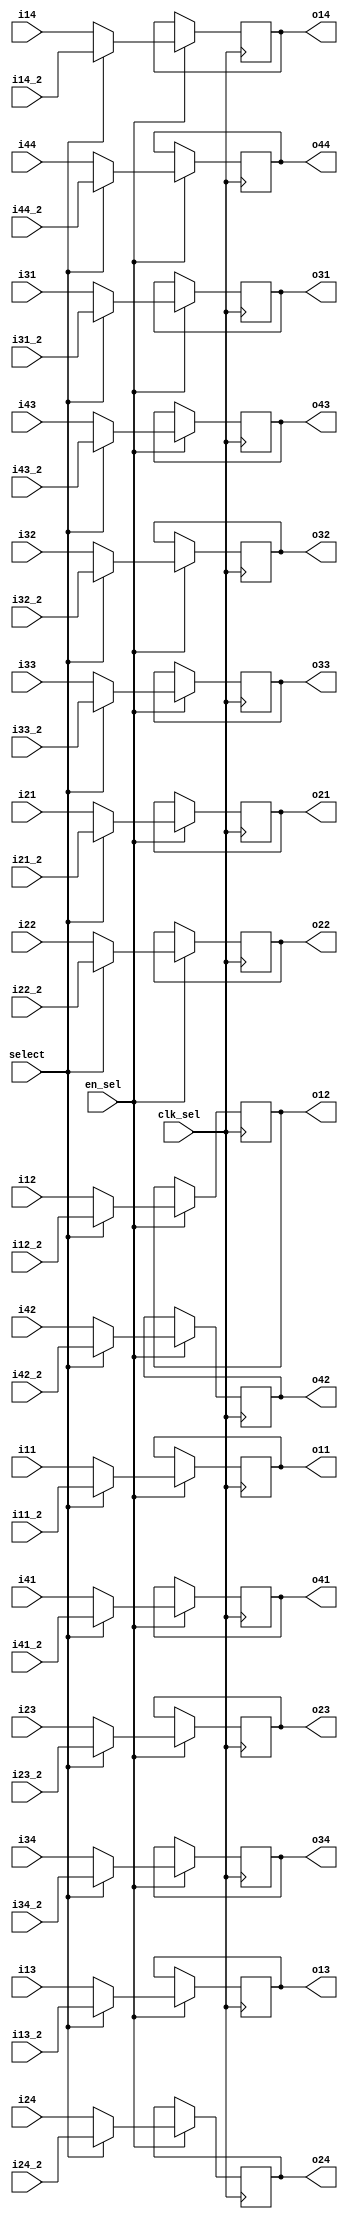
module SYMM_SELECT(
    input clk_sel,
    input en_sel,
    
    input select,
    
    input signed [25:0] i11, i12, i13, i14,
    input signed [25:0] i21, i22, i23, i24,
    input signed [25:0] i31, i32, i33, i34,
    input signed [25:0] i41, i42, i43, i44,
    
    input signed [25:0] i11_2, i12_2, i13_2, i14_2,
    input signed [25:0] i21_2, i22_2, i23_2, i24_2,
    input signed [25:0] i31_2, i32_2, i33_2, i34_2,
    input signed [25:0] i41_2, i42_2, i43_2, i44_2,

    output reg signed [25:0] o11, o12, o13, o14,
    output reg signed [25:0] o21, o22, o23, o24,
    output reg signed [25:0] o31, o32, o33, o34,
    output reg signed [25:0] o41, o42, o43, o44
);

always @(posedge clk_sel) begin
    if (en_sel) begin
        if(!select) begin
            o11 <= i11; o12 <= i12; o13 <= i13; o14 <= i14;
            o21 <= i21; o22 <= i22; o23 <= i23; o24 <= i24;
            o31 <= i31; o32 <= i32; o33 <= i33; o34 <= i34;
            o41 <= i41; o42 <= i42; o43 <= i43; o44 <= i44;
        end else begin
            o11 <= i11_2; o12 <= i12_2; o13 <= i13_2; o14 <= i14_2;
            o21 <= i21_2; o22 <= i22_2; o23 <= i23_2; o24 <= i24_2;
            o31 <= i31_2; o32 <= i32_2; o33 <= i33_2; o34 <= i34_2;
            o41 <= i41_2; o42 <= i42_2; o43 <= i43_2; o44 <= i44_2;
        end
    end else begin
        // o11 <= i11; o12 <= i12; o13 <= i13; o14 <= i14;
        // o21 <= i21; o22 <= i22; o23 <= i23; o24 <= i24;
        // o31 <= i31; o32 <= i32; o33 <= i33; o34 <= i34;
        // o41 <= i41; o42 <= i42; o43 <= i43; o44 <= i44;
    end            
end

endmodule